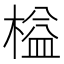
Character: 榏